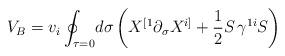
LaTeX: \begin{align*}V_B=v_i\oint_{\tau=0}\!d\sigma\left(X^{[1}\partial_{\sigma}X^{i]}+\frac{1}{2}S\,\gamma^{1i}S\right) \end{align*}